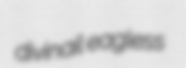
divinail eagless